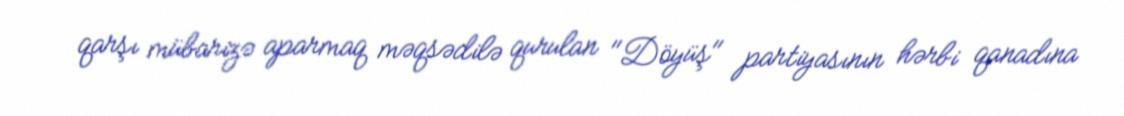
qarşı mübarizə aparmaq məqsədilə qurulan "Döyüş" partiyasının hərbi qanadına